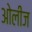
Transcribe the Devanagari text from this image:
ओलीज